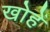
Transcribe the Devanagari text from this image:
खोहें